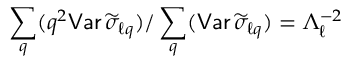
\sum _ { q } ( q ^ { 2 } { \mathsf { V a r } } \, \widetilde \sigma _ { \ell q } ) / \sum _ { q } ( { \mathsf { V a r } } \, \widetilde \sigma _ { \ell q } ) = \Lambda _ { \ell } ^ { - 2 }